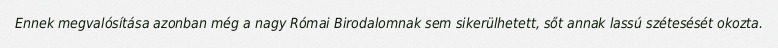
Ennek megvalósítása azonban még a nagy Római Birodalomnak sem sikerülhetett, sőt annak lassú szétesését okozta.